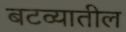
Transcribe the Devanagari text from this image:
बटव्यातील